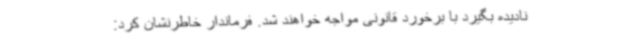
نادیده بگیرد با برخورد قانونی مواجه خواهند شد. فرماندار خاطرنشان کرد: